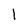
Character: 1